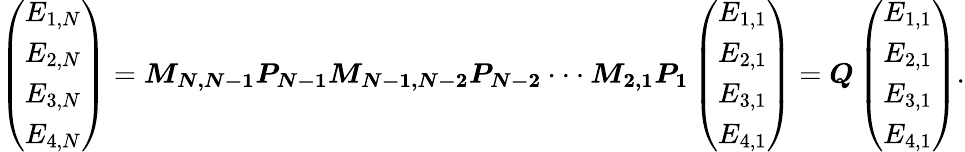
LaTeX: \left(\begin{array}{c}{E_{1,N}}\\ {E_{2,N}}\\ {E_{3,N}}\\ {E_{4,N}}\end{array}\right)=\boldsymbol{M_{N,N-1}P_{N-1}M_{N-1,N-2}P_{N-2}}\cdot\cdot\cdot\boldsymbol{M_{2,1}P_{1}}\left(\begin{array}{c}{E_{1,1}}\\ {E_{2,1}}\\ {E_{3,1}}\\ {E_{4,1}}\end{array}\right)=\boldsymbol{Q}\left(\begin{array}{c}{E_{1,1}}\\ {E_{2,1}}\\ {E_{3,1}}\\ {E_{4,1}}\end{array}\right).